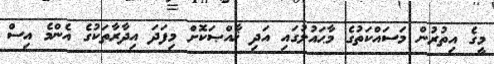
މީގެ އިތުރުން މަސައްކަތުގެ މާޙައުލުގައި އަދި ޚާއްޞަކޮށް މިފަދަ އިދާރާތަކުގެ އެންމެ އިސް